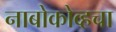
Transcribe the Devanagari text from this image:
नाबोकोव्हचा